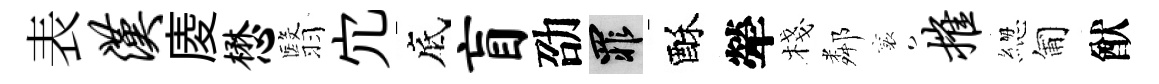
表汉庱懋翳宂底盲劭罪酥犖棧鄰襄摧緫匍猷